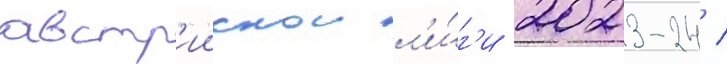
австр'иискои л'и́г'и 2023-24 /